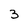
Character: 3